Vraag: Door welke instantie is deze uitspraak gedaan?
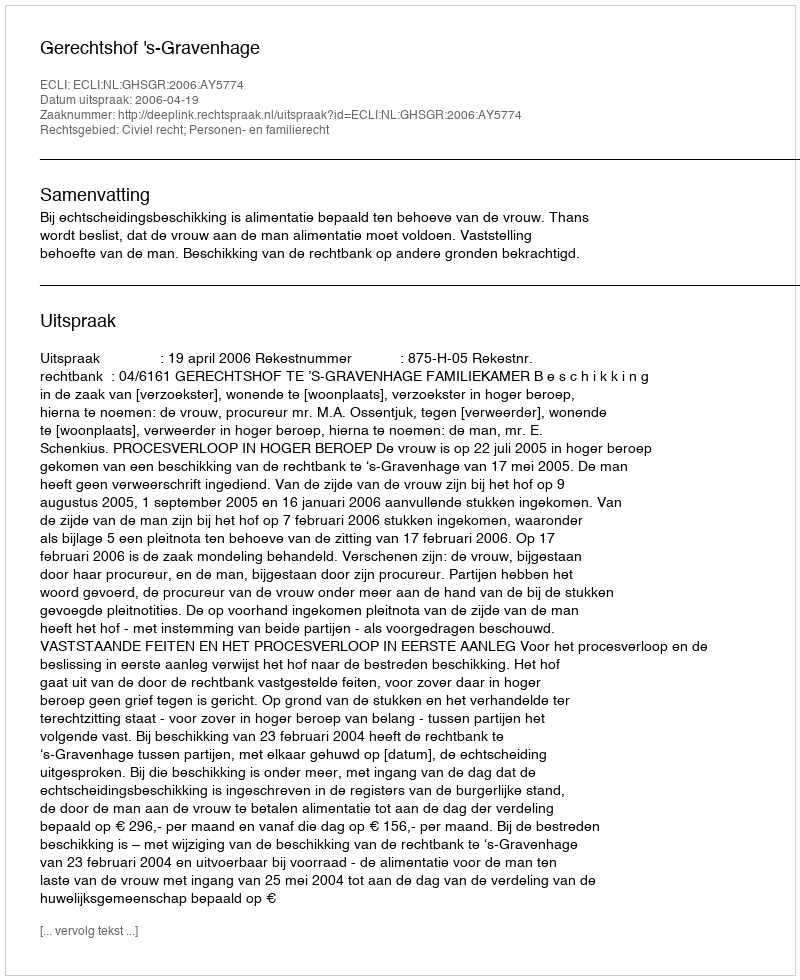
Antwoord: Gerechtshof 's-Gravenhage